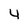
Character: 4